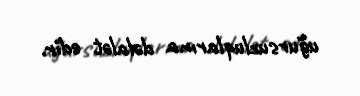
uğursuzluqlarına dəlalət edir.